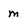
Character: m